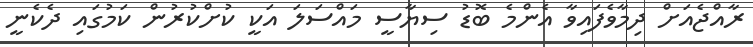
ރާއްޖެއަށް ދިމާވެފައިވާ އެންމެ ބޮޑު ސިޔާސީ މައްސަލަ އަކީ ކުށްކުރުން ކަމުގައި ދެކެނީ